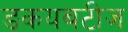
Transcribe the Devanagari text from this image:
ङकयबटीज